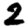
Digit: 2